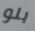
بلو